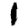
Digit: 1